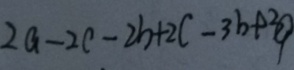
2 a - 2 c - 2 b + 2 c - 3 b + 3 a